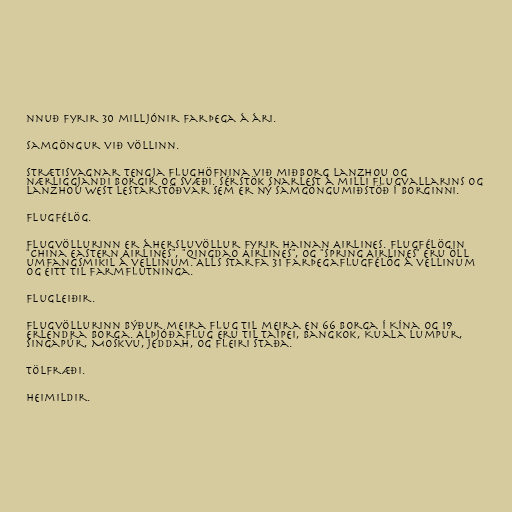
nnuð fyrir 30 milljónir farþega á ári.

Samgöngur við völlinn.

Strætisvagnar tengja flughöfnina við miðborg Lanzhou og
nærliggjandi borgir og svæði. Sérstök snarlest á milli flugvallarins og
Lanzhou West lestarstöðvar sem er ný samgöngumiðstöð í borginni.

Flugfélög.

Flugvöllurinn er áhersluvöllur fyrir Hainan Airlines. Flugfélögin
"China Eastern Airlines", "Qingdao Airlines", og "Spring Airlines" eru öll
umfangsmikil á vellinum. Alls starfa 31 farþegaflugfélög á vellinum
og eitt til farmflutninga.

Flugleiðir.

Flugvöllurinn býður meira flug til meira en 66 borga í Kína og 19
erlendra borga. Alþjóðaflug eru til Taípei, Bangkok, Kuala Lumpur,
Singapúr, Moskvu, Jeddah, og fleiri staða.

Tölfræði.

Heimildir.